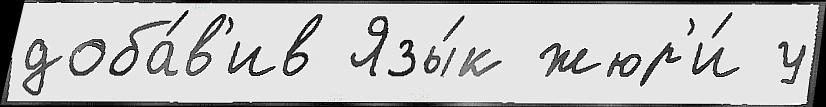
доба́в'ив Язы́к жюр'и́ у